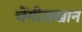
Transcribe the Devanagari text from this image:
चेंगीजखान